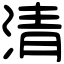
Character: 清